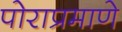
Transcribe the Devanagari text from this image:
पोराप्रमाणे